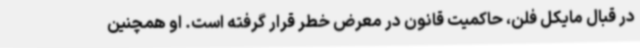
در قبال مایکل فلن، حاکمیت قانون در معرض خطر قرار گرفته است. او همچنین